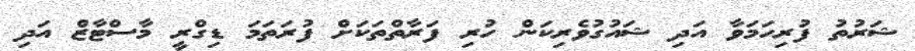
ޝަރުތު ފުރިހަމަވާ އަދި ޝައުގުވެރިކަން ހުރި ފަރާތްތަކަށް ފުރަތަމަ ޑިގްރީ މާސްޓާޒް އަދި